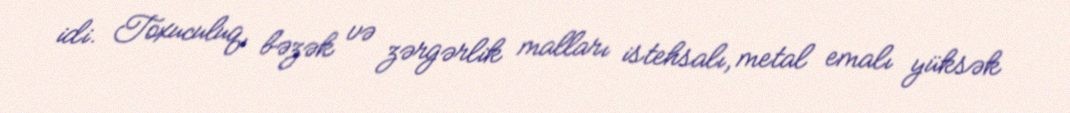
idi. Toxuculuq, bəzək və zərgərlik malları istehsalı, metal emalı yüksək